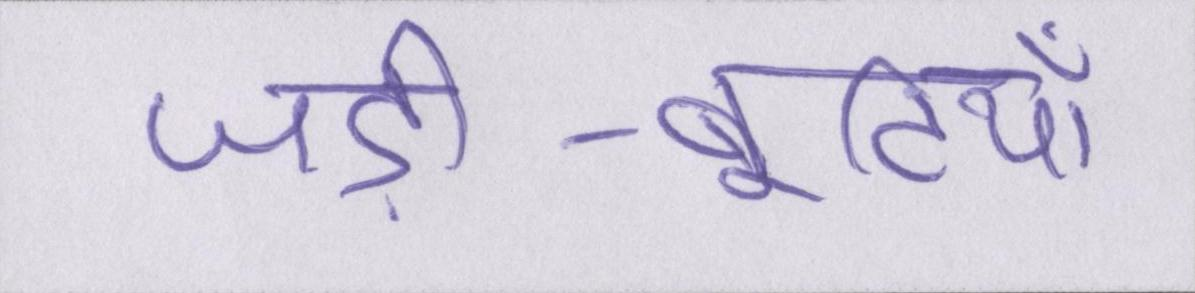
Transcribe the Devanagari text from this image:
जड़ी-बूटियाँ